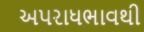
અપરાધભાવથી